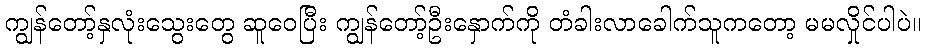
ကျွန်တော့်နှလုံးသွေးတွေ ဆူဝေပြီး ကျွန်တော့်ဦးနှောက်ကို တံခါးလာခေါက်သူကတော့ မမလှိုင်ပါပဲ။